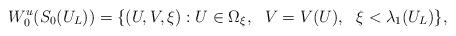
LaTeX: \begin{align*}W_{0}^{u}(S_0(U_L))=\{(U,V,\xi): U\in\Omega_{\xi}, \ \ V=V(U), \ \ \xi< \lambda_1(U_L)\},\end{align*}